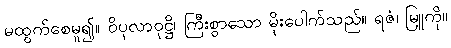
မထွက်စေမူ၍။ ဝိပုလာဝုဋ္ဌိ၊ ကြီးစွာသော မိုးပေါက်သည်။ ရဇံ၊ မြူကို။